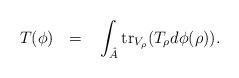
LaTeX: \begin{align*}T(\phi)~~=~~\int_{\hat{A}}\mbox{tr}_{V_{\rho}}(T_{\rho}d\phi(\rho)).\end{align*}